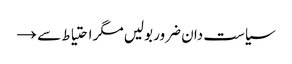
سیاست دان ضرور بولیں مگر احتیاط سے →